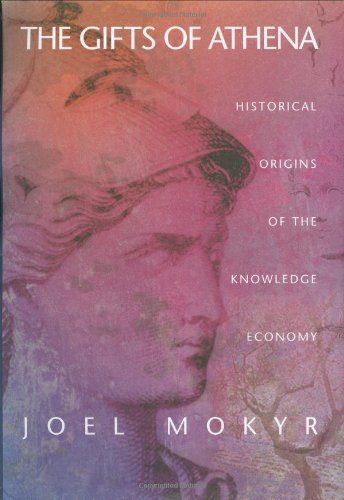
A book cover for The Gifts of Athena: Historical Origins of the Knowledge Economy; Joel Mokyr; Business & Money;